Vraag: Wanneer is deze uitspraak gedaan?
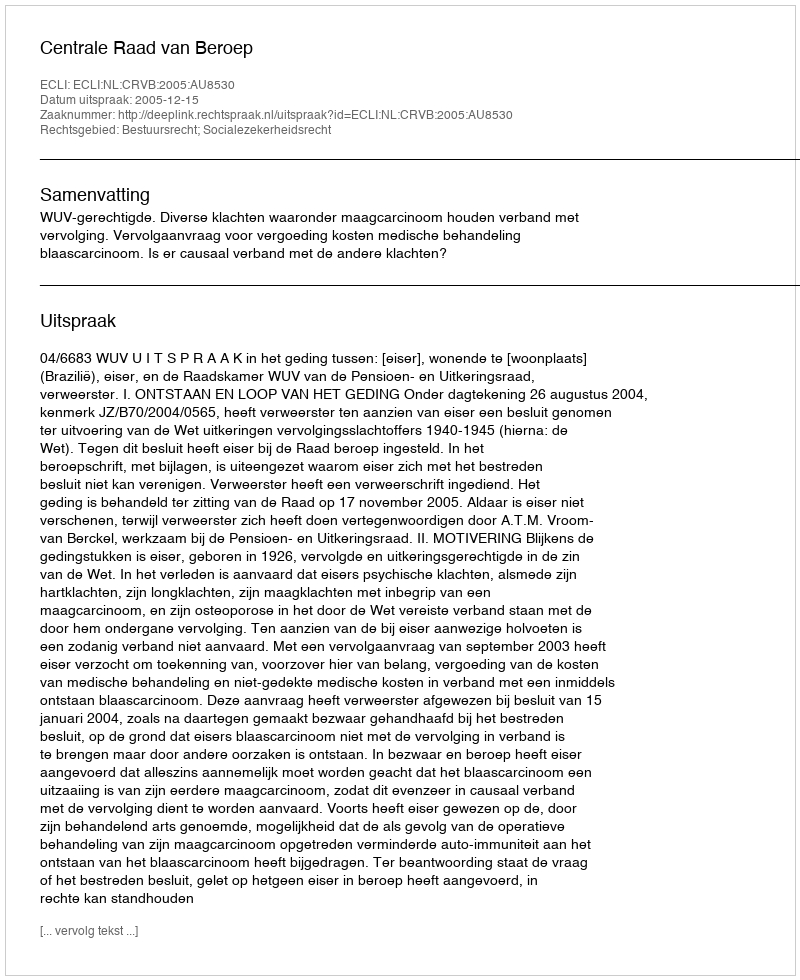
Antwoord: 2005-12-15